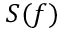
S ( f )